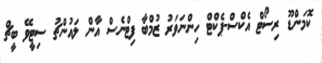
ކޮމަންޑޫ ރިސޯޓް އެކްސް-ޕެކްޓް ހިންނަވަރު ޒުމްބާ ފިޓްނެސް އާން ލައުންޗު ސިޓީވޭ ބީޗް